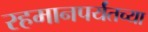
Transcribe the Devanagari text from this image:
रहमानपर्यंतच्या